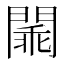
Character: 𨵞